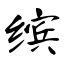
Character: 缤